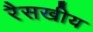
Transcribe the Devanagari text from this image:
रैसखीय